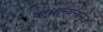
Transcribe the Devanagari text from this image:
बहुधान्यनाम